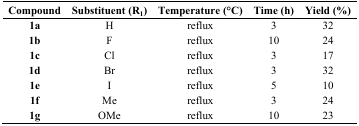
<table><thead><tr><td><b>Compound</b></td><td><b>Substituent (R<sub>1</sub>)</b></td><td><b>Temperature (°C)</b></td><td><b>Time (h)</b></td><td><b>Yield (%)</b></td></tr></thead><tbody><tr><td><b>1a</b></td><td>H</td><td>reflux</td><td>3</td><td>32</td></tr><tr><td><b>1b</b></td><td>F</td><td>reflux</td><td>10</td><td>24</td></tr><tr><td><b>1c</b></td><td>Cl</td><td>reflux</td><td>3</td><td>17</td></tr><tr><td><b>1d</b></td><td>Br</td><td>reflux</td><td>3</td><td>32</td></tr><tr><td><b>1e</b></td><td>I</td><td>reflux</td><td>5</td><td>10</td></tr><tr><td><b>1f</b></td><td>Me</td><td>reflux</td><td>3</td><td>24</td></tr><tr><td><b>1g</b></td><td>OMe</td><td>reflux</td><td>10</td><td>23</td></tr></tbody></table>